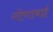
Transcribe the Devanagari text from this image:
गोणाबाई